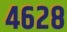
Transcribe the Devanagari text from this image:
४६२८